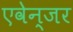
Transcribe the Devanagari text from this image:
एवेन्जर